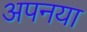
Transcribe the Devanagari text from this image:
अपनया